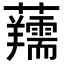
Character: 𧅘